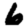
Digit: 6